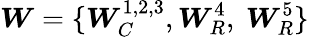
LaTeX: \boldsymbol{W}=\{ \boldsymbol{W}_{C}^{1,2,3},\boldsymbol{W}_{R}^{4},~\boldsymbol{W}_{R}^{5}\}